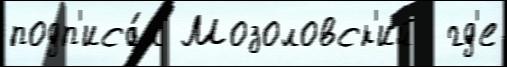
подп'иса́л Мозоловск'ий  гд'е